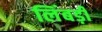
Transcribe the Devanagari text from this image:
लिंबड़ी